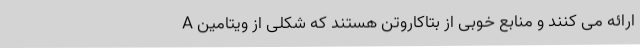
ارائه می کنند و منابع خوبی از بتاکاروتن هستند که شکلی از ویتامین A